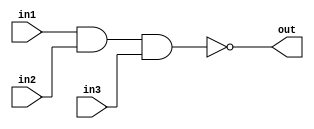
`timescale 1ns / 1ps

module NAND3(in1, in2, in3, out);
    input in1, in2, in3;
    output out;
    assign out = ~(in1 & in2 & in3);
endmodule